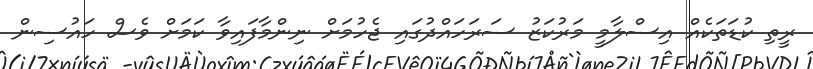
ރީތި ކުޑަތަކެއް އިސްލާމީ މަރުކަޒު ސަރަހައްދުގައި ޖެހުމަށް ނިންމާފައިވާ ކަމަށް ވެސް ހައުސިން